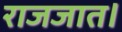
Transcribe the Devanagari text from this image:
राजजात।